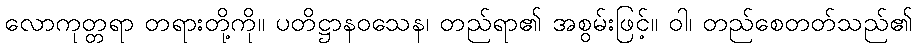
လောကုတ္တရာ တရားတို့ကို။ ပတိဋ္ဌာနဝသေန၊ တည်ရာ၏ အစွမ်းဖြင့်။ ဝါ၊ တည်စေတတ်သည်၏